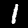
Label: 1